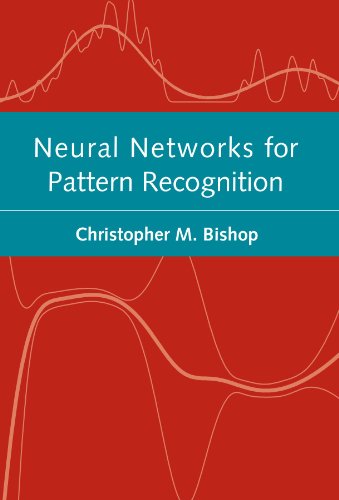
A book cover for Neural Networks for Pattern Recognition (Advanced Texts in Econometrics); Christopher M. Bishop; Computers & Technology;